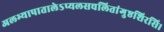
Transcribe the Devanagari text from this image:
अलभ्यापातालेऽप्यलसचलितांगुष्ठशिरसि।